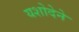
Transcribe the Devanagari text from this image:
यशोदेने